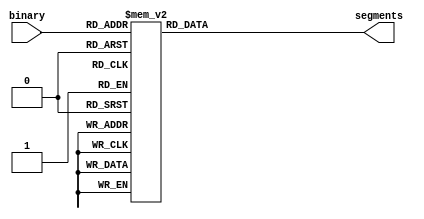
module SevSeg(
	input			[3:0]		binary,
	output reg	[6:0]		segments
);

always @*

case(binary)
	4'd0: segments = 7'b1000000;
	4'd1: segments = 7'b1111001;
	4'd2: segments = 7'b0100100;
	4'd3: segments = 7'b0110000;
	4'd4: segments = 7'b0011001;
	4'd5: segments = 7'b0010010;
	4'd6: segments = 7'b0000010;
	4'd7: segments = 7'b1011000;
	4'd8: segments = 7'b0000000;
	4'd9: segments = 7'b0010000;
	4'd10: segments = 7'b0001000; // A
	4'd11: segments = 7'b0000011; // B
	4'd12: segments = 7'b1000110; // C
	4'd13: segments = 7'b0100001; // D
	4'd14: segments = 7'b0000110; // E
	4'd15: segments = 7'b0001110; // F
endcase

endmodule